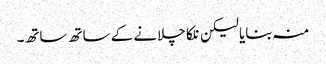
منہ بنایا لیکن نلکا چلانے کے ساتھ ساتھ۔